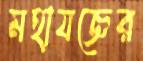
মহাযজ্ঞের